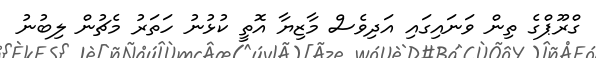
ގްރޫޕްގެ ތިން ވަނައިގައި އަދިވެސް މާޒިޔާ އޮތީ ކުޅުނު ހަތަރު މެޗުން ލިބުނު